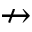
\nrightarrow